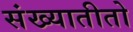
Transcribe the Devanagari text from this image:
संख्यातीतो